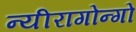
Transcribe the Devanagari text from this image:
न्यीरागोन्गो